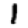
Digit: 1